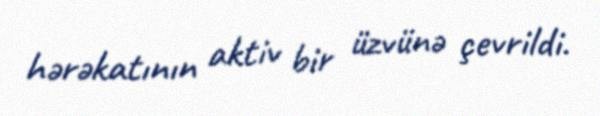
hərəkatının aktiv bir üzvünə çevrildi.